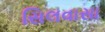
સિલવાસા